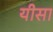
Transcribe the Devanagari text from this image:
यीसा